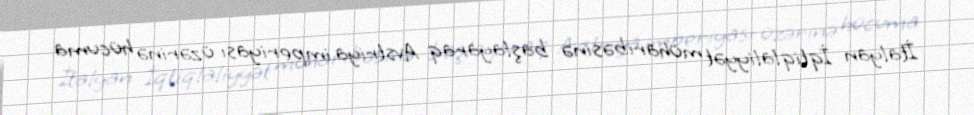
İtalyan İqtiqlaliyyət müharibəsinə başlayaraq Avstriya imperiyası üzərinə hücuma